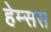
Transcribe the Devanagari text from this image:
हेम्सस